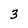
Character: 3